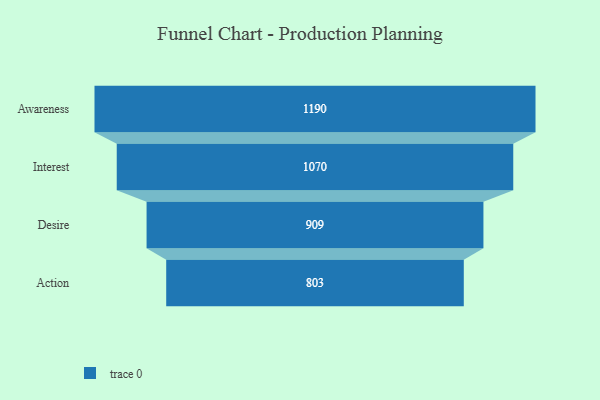
{"axis": {"x": "Stage", "y": "Value"}, "legend": [""], "data": [{"x": "Awareness", "y": 1190.0, "type": ""}, {"x": "Interest", "y": 1070.0, "type": ""}, {"x": "Desire", "y": 909.0, "type": ""}, {"x": "Action", "y": 803.0, "type": ""}]}